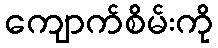
ကျောက်စိမ်းကို